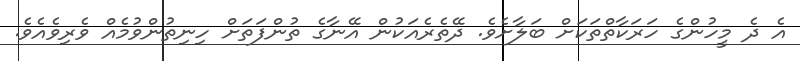
އެ ދެ މީހުންގެ ހަރަކާތްތަކަށް ބަލާށެވެ. ދޭތެރެއަކުން އޭނާގެ ތުންފަތަށް ހިނިތުންވުމެއް ވެރިވެއެވެ.